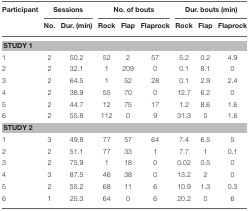
<table><thead><tr><td><b>Participant</b></td><td colspan="2"><b>Sessions</b></td><td colspan="3"><b>No. of bouts</b></td><td colspan="3"><b>Dur. bouts (min)</b></td></tr><tr><td></td><td><b>No.</b></td><td><b>Dur. (min)</b></td><td><b>Rock</b></td><td><b>Flap</b></td><td><b>Flaprock</b></td><td><b>Rock</b></td><td><b>Flap</b></td><td><b>Flaprock</b></td></tr></thead><tbody><tr><td colspan="9"><b>STUDY 1</b></td></tr><tr><td>1</td><td>2</td><td>50.2</td><td>52</td><td>2</td><td>57</td><td>5.2</td><td>0.2</td><td>4.9</td></tr><tr><td>2</td><td>2</td><td>32.1</td><td>1</td><td>209</td><td>0</td><td>0.1</td><td>8.1</td><td>0</td></tr><tr><td>3</td><td>2</td><td>64.5</td><td>1</td><td>52</td><td>28</td><td>0.1</td><td>2.9</td><td>2.4</td></tr><tr><td>4</td><td>2</td><td>38.9</td><td>55</td><td>70</td><td>0</td><td>12.7</td><td>6.2</td><td>0</td></tr><tr><td>5</td><td>2</td><td>44.7</td><td>12</td><td>75</td><td>17</td><td>1.2</td><td>8.6</td><td>1.6</td></tr><tr><td>6</td><td>2</td><td>55.8</td><td>112</td><td>0</td><td>9</td><td>31.3</td><td>0</td><td>1.6</td></tr><tr><td colspan="9"><b>STUDY 2</b></td></tr><tr><td>1</td><td>3</td><td>49.8</td><td>77</td><td>57</td><td>64</td><td>7.4</td><td>6.5</td><td>5</td></tr><tr><td>2</td><td>2</td><td>51.1</td><td>77</td><td>33</td><td>1</td><td>7.7</td><td>1</td><td>0.1</td></tr><tr><td>3</td><td>2</td><td>75.9</td><td>1</td><td>18</td><td>0</td><td>0.02</td><td>0.5</td><td>0</td></tr><tr><td>4</td><td>3</td><td>87.5</td><td>46</td><td>38</td><td>0</td><td>13.2</td><td>2</td><td>0</td></tr><tr><td>5</td><td>2</td><td>55.2</td><td>68</td><td>11</td><td>6</td><td>10.9</td><td>1.3</td><td>0.3</td></tr><tr><td>6</td><td>1</td><td>25.3</td><td>64</td><td>0</td><td>6</td><td>20.2</td><td>0</td><td>6</td></tr></tbody></table>